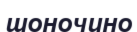
шоночино